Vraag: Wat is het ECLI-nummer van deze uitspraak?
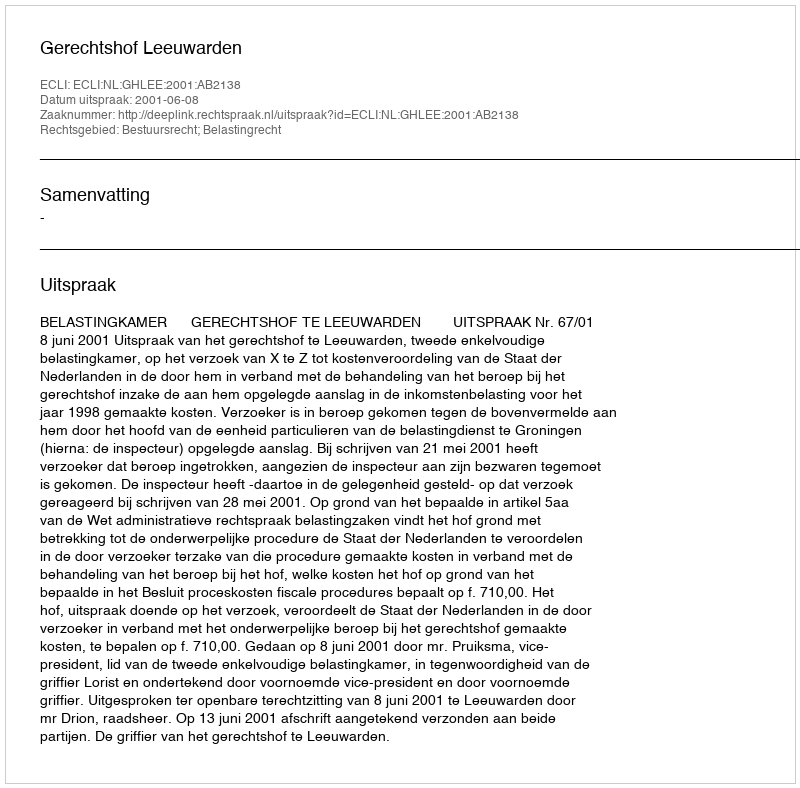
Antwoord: ECLI:NL:GHLEE:2001:AB2138